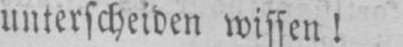
unterscheiden wissen!